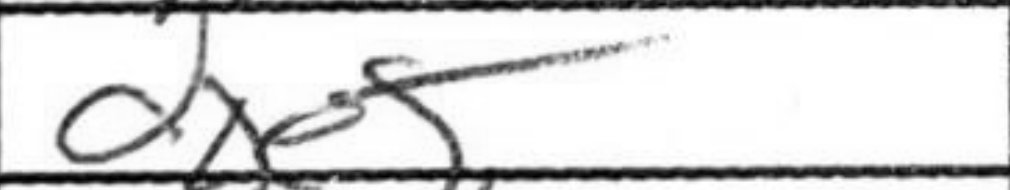
Transcription: dxe5